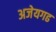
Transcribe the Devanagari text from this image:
अजेयगढ